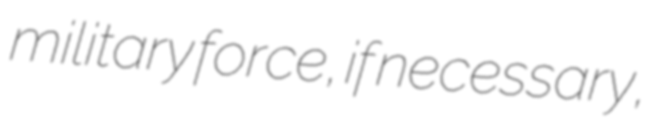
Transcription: military force, if necessary,